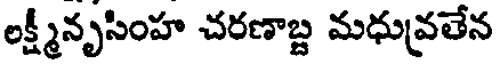
లక్ష్మీనృసింహ చరణాబ్ద మధువ్రతేన